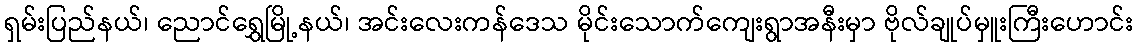
ရှမ်းပြည်နယ်၊ ညောင်ရွှေမြို့နယ်၊ အင်းလေးကန်ဒေသ မိုင်းသောက်ကျေးရွာအနီးမှာ ဗိုလ်ချုပ်မှူးကြီးဟောင်း